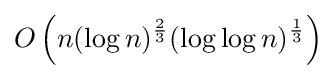
O\left(n(\log n)^{\frac {2}{3}}(\log \log n)^{\frac {1}{3}}\right)